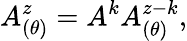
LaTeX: A_{(\theta)}^{z}=A^{k}A_{(\theta)}^{z-k},